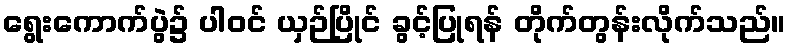
ရွေးကောက်ပွဲ၌ ပါဝင် ယှဉ်ပြိုင် ခွင့်ပြုရန် တိုက်တွန်းလိုက်သည်။